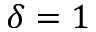
\delta = 1